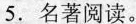
5.名著阅读。